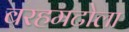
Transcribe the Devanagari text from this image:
बरहमटोला